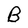
Character: B